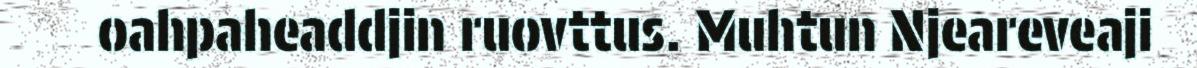
oahpaheaddjin ruovttus. Muhtun Njeareveaji